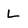
Character: L